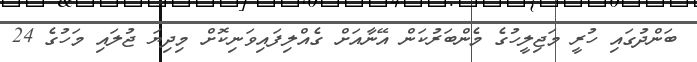
ބަންދުގައި ހުރީ މަޖިލީހުގެ މެންބަރުކަން އޭނާއަށް ގެއްލިފައިވަނިކޮށް މިދިޔަ ޖުލައި މަހުގެ 24